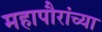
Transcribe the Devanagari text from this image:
महापौरांच्या